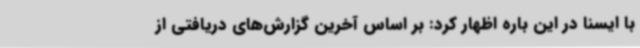
با ایسنا در این باره اظهار کرد: بر اساس آخرین گزارش‌های دریافتی از